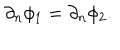
\partial _ { n } \phi _ { 1 } = \partial _ { n } \phi _ { 2 } .